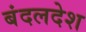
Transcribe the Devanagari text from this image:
बंदलदेश